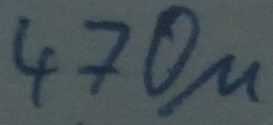
Text: 470µ